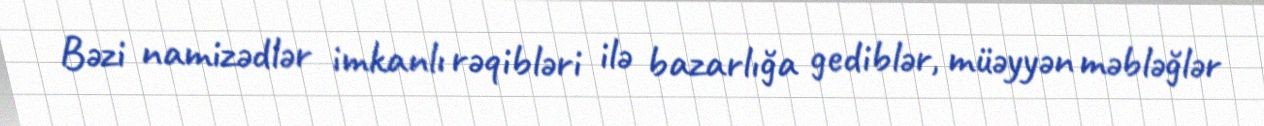
Bəzi namizədlər imkanlı rəqibləri ilə bazarlığa gediblər, müəyyən məbləğlər